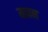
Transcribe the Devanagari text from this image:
मावन